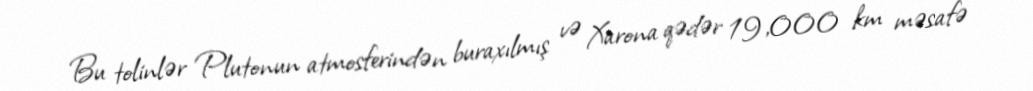
Bu tolinlər Plutonun atmosferindən buraxılmış və Xarona qədər 19,000 km məsafə